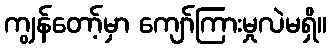
ကျွန်တော့်မှာ ကျော်ကြားမှုလဲမရှိ။